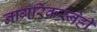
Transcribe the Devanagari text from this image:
नागरिकस्नेही